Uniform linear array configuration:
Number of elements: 16
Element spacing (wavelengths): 0.75
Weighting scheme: kaiser
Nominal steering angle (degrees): -15
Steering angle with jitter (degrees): -13.079
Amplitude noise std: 0.05
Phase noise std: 0.05

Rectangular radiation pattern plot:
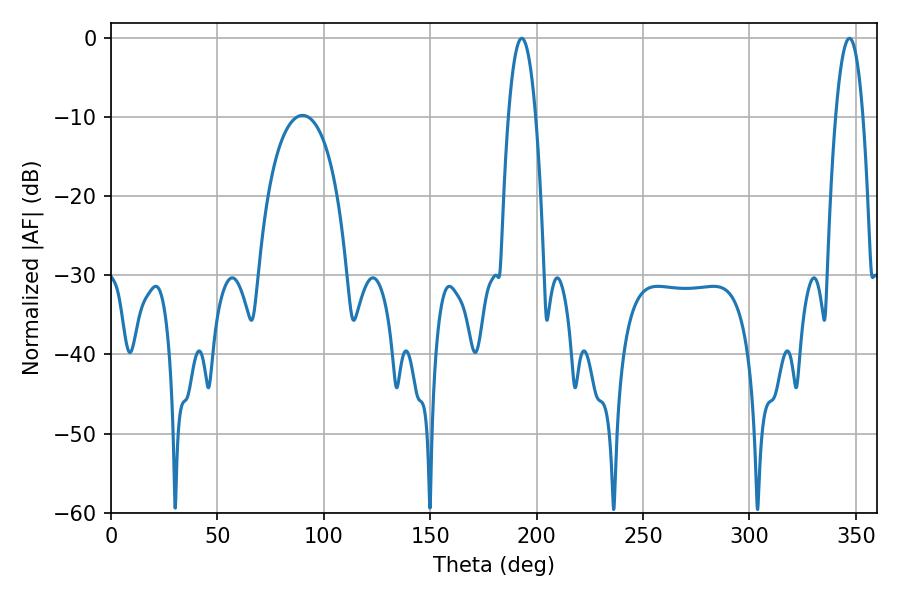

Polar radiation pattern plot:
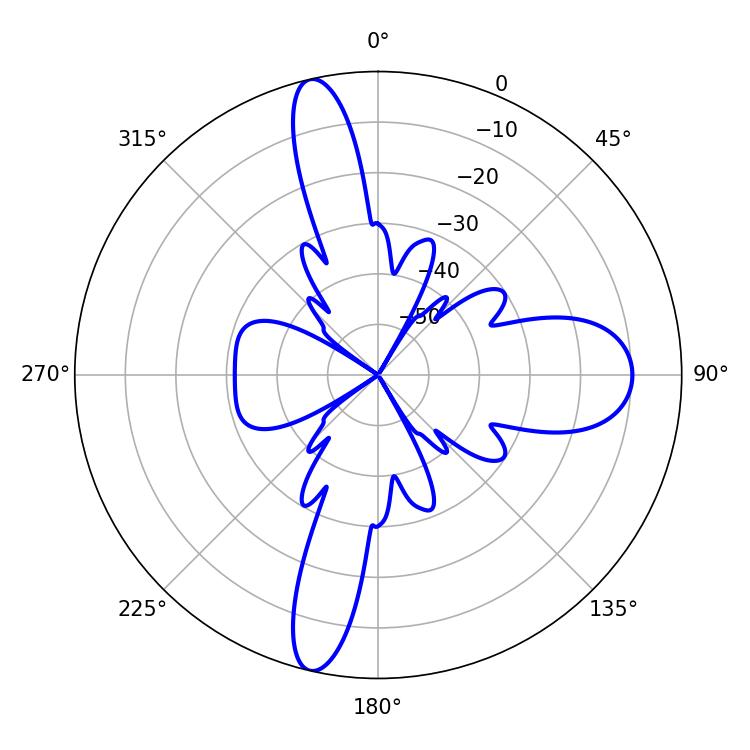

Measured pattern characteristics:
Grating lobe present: TRUE
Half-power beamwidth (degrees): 7.02
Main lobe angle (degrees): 347.04